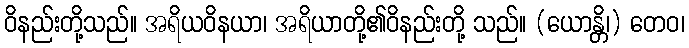
ဝိနည်းတို့သည်။ အရိယဝိနယာ၊ အရိယာတို့၏ဝိနည်းတို့ သည်။ (ယောန္တိ၊) တေဝ၊